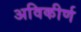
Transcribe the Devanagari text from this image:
अविकीर्ण